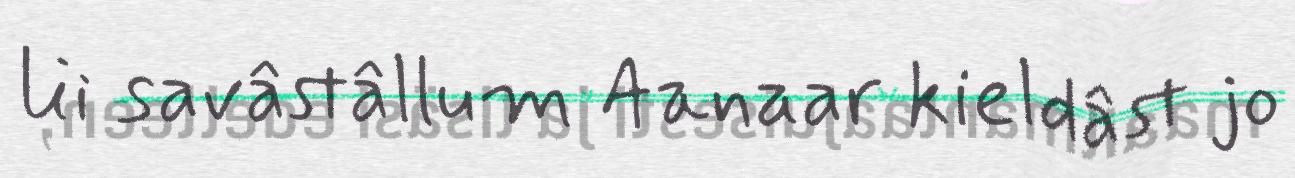
lii savâstâllum Aanaar kieldâst jo